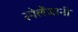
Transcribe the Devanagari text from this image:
स्पेलेंज़ानी